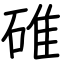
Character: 碓